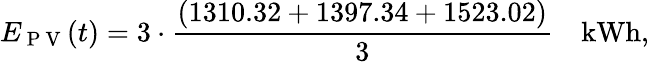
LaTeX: E_{\mathrm{~P~V~}}(t)=3\cdot\frac{(1310.32+1397.34+1523.02)}{3}\quad\textrm{kWh},